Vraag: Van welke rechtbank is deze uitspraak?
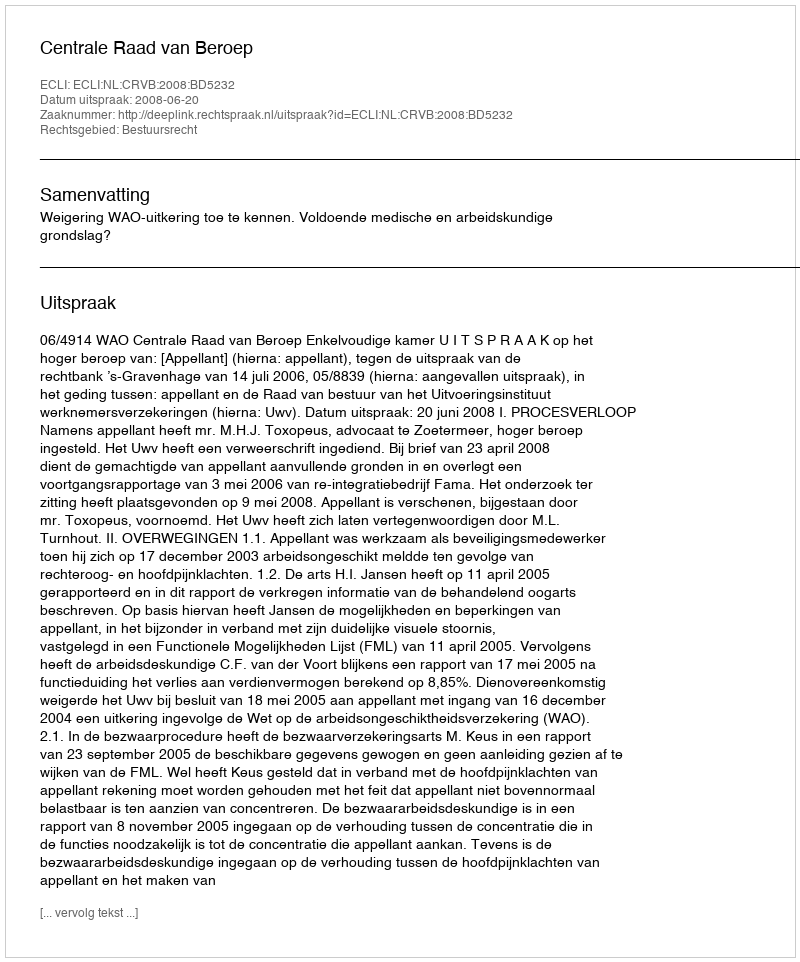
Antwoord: Centrale Raad van Beroep